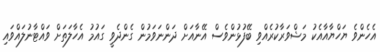
އެހެންވެ ޔަހްޔާއާއެކު މަޝްވަރާކުރެއްވި ބޭފުޅުންވެސް އޭނާއަށް ދަންނަވަމުން ގެންދެވީ ގައުމު އެހާލަތަށް ވައްޓާނުލައްވައި